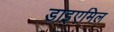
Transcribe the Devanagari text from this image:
डाइएमिल